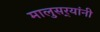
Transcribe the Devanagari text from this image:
मालुसर्‍यांनी